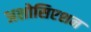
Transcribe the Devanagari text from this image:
अशोसिएशन